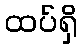
ထပ်ရှိ